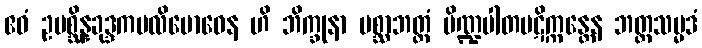
ဧဝံ ဥပစ္ဆိန္နခုဒ္ဒကပလိဗောဓေန ဟိ ဘိက္ခုနာ ပစ္ဆာဘတ္တံ ပိဏ္ဍပါတပဋိက္ကန္တေန ဘတ္တသမ္မဒံ